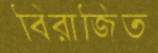
বিরাজিত